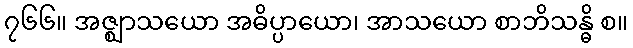
၇၆၆။ အဇ္ဈာသယော အဓိပ္ပာယော၊ အာသယော စာဘိသန္ဓိ စ။